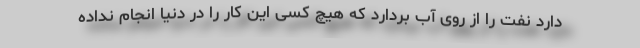
دارد نفت را از روی آب بردارد که هیچ کسی این کار را در دنیا انجام نداده